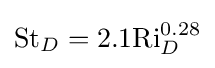
{\text{St}}_{D}=2.1{\text{Ri}}_{D}^{0.28}